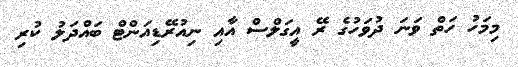
މިމަހު ހަތް ވަނަ ދުވަހުގެ ރޭ އީގަލްސް އާއި ނިއުރޭޑިއަންޓް ބައްދަލު ކުރި